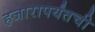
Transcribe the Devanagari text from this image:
हजारापर्यंतची